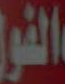
الفول